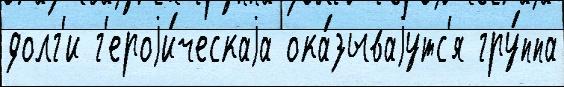
долг'и г'ероjи́ческаjа ока́зываjутс'я гру́ппа